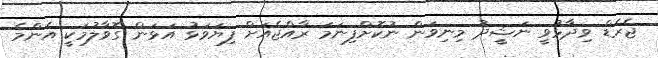
ޖެރެޑް ވިދާޅުވީ ނަޝީދު މިނިވަން ނުކޮށްފިނަމަ ރާއްޖެއަށް ފިޔަވަޅު އަޅަން ގޮވާލުމަކީ އެންމެ